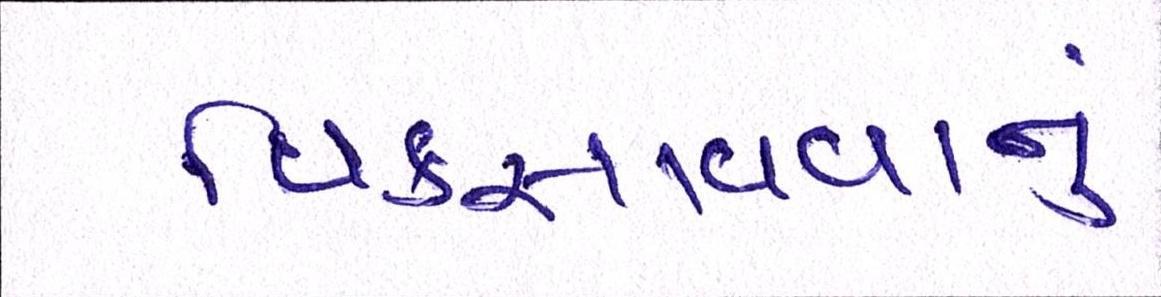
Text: વિકસાવવાનું